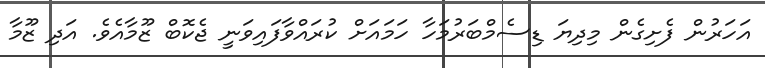
އަހަރުން ފެށިގެން މިދިޔަ ޑިސެމްބަރުމަހާ ހަމައަށް ކުރައްވާފައިވަނީ ޖެކޮބް ޒޫމާއެވެ. އަދި ޒޫމާ